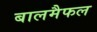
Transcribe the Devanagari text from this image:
बालमैफल